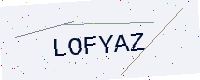
Text: LOFYAZ